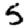
Digit: 5